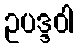
ဥပဒ္ဒဝါ